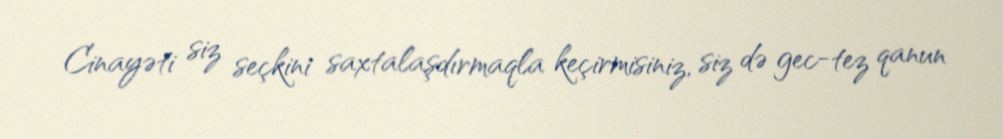
Cinayəti siz seçkini saxtalaşdırmaqla keçirmisiniz, siz də gec-tez qanun